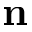
\mathbf { n }